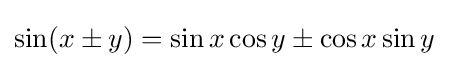
{\begin{aligned}\sin(x\pm y)&=\sin x\cos y\pm \cos x\sin y\end{aligned}}